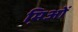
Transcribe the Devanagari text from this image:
मि़ओं